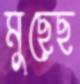
মুছেছ